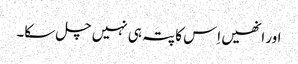
اور انھیں اِس کا پتہ ہی نہیں چل سکا۔